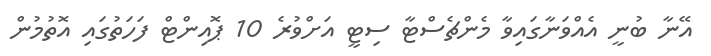
އޭނާ ބުނީ އެއްވަނާގައިވާ މެންޗެސްޓާ ސިޓީ އަށްވުރެ 10 ޕޮއިންޓް ފަހަތުގައި އޮތުމުން